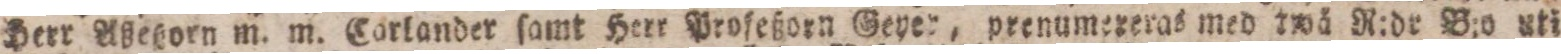
Herr Aßeßorn m. m. Corlander ſamt Herr Profeßorn Geyer, prenumereras med twä R:dr B:o uti